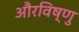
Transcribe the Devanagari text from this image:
औरविष्णु